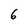
Character: 6